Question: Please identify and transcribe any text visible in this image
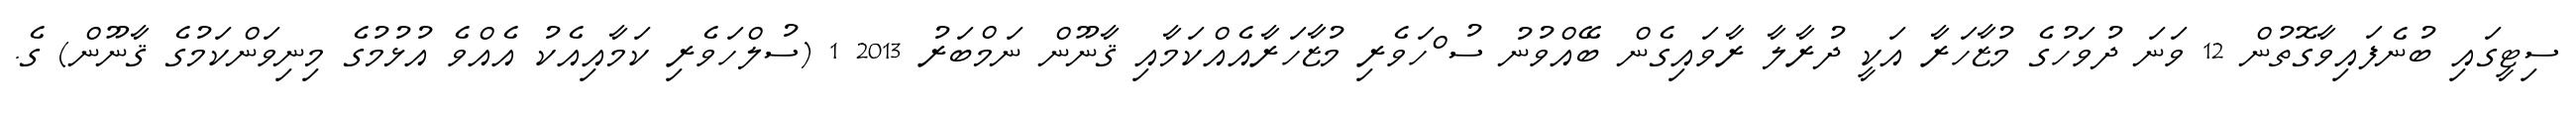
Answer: ސިޓީގައި ބުނެފައިވާގޮތުން 12 ވަނަ ދުވަހުގެ މުޒާހަރާ އަކީ ދުރާލާ ރާވައިގެން ބޭއްވުނު ސު ްހަވެރި މުޒާހަރާއެއްކަމާއި ޤާނޫން ނަމްބަރު 2013 1 (ސުލްހަވެރި ކަމާއިއެކު އެއްވެ އުޅުމުގެ މިނިވަންކަމުގެ ޤާނޫން) ގެ.